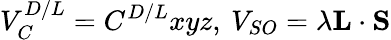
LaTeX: V_{C}^{D/L}=C^{D/L}xyz,\: V_{SO}=\lambda\mathbf{L}\cdot\mathbf{S}